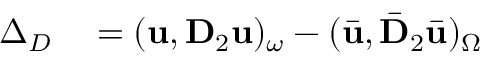
\begin{array} { r l } { \Delta _ { D } } & { { } = ( \mathbf { u } , \mathbf { D } _ { 2 } \mathbf { u } ) _ { \omega } - ( \bar { \mathbf { u } } , \bar { \mathbf { D } } _ { 2 } \bar { \mathbf { u } } ) _ { \Omega } } \end{array}